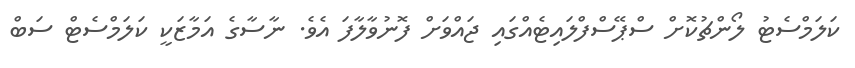
ކަލަމްސެޓު ލޯންޗުކޮށް ސްޕޭސްފްލައިޓެއްގައި ޖައްވަށް ފޮނުވާލާފަ އެވެ. ނާސާގެ އަމާޒަކީ ކަލަމްސެޓް ސަބް